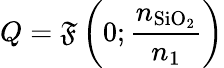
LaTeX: Q=\mathfrak{F}\left(0;\frac{{n_{\mathrm{{SiO_{2}}}}}}{{n_{1}}}\right)